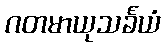
ဂတမာယုသင်္ခယံ